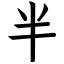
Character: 半